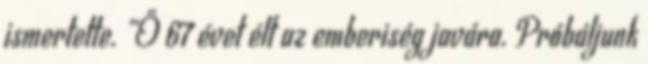
ismertette. „Ő 67 évet élt az emberiség javára. Próbáljunk